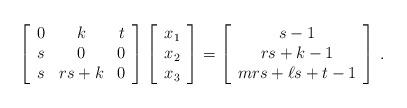
LaTeX: \begin{align*}\left[\begin{array}{ccc}0 & k & t \\s & 0 & 0 \\s & rs+k & 0\end{array}\right]\left[\begin{array}{c}x_1 \\x_2 \\x_3\end{array}\right]=\left[\begin{array}{c}s-1 \\rs+k-1 \\mrs+\ell s+t-1\end{array}\right] \, .\end{align*}